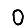
Digit: 0